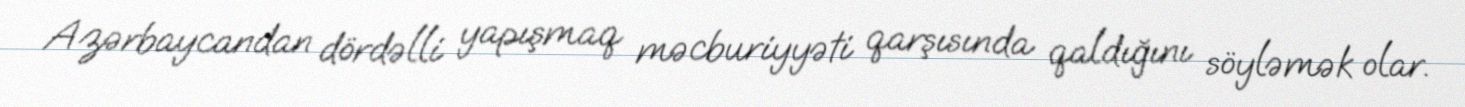
Azərbaycandan dördəlli yapışmaq məcburiyyəti qarşısında qaldığını söyləmək olar.